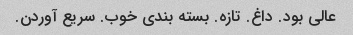
عالی بود. داغ. تازه. بسته بندی خوب. سریع آوردن.